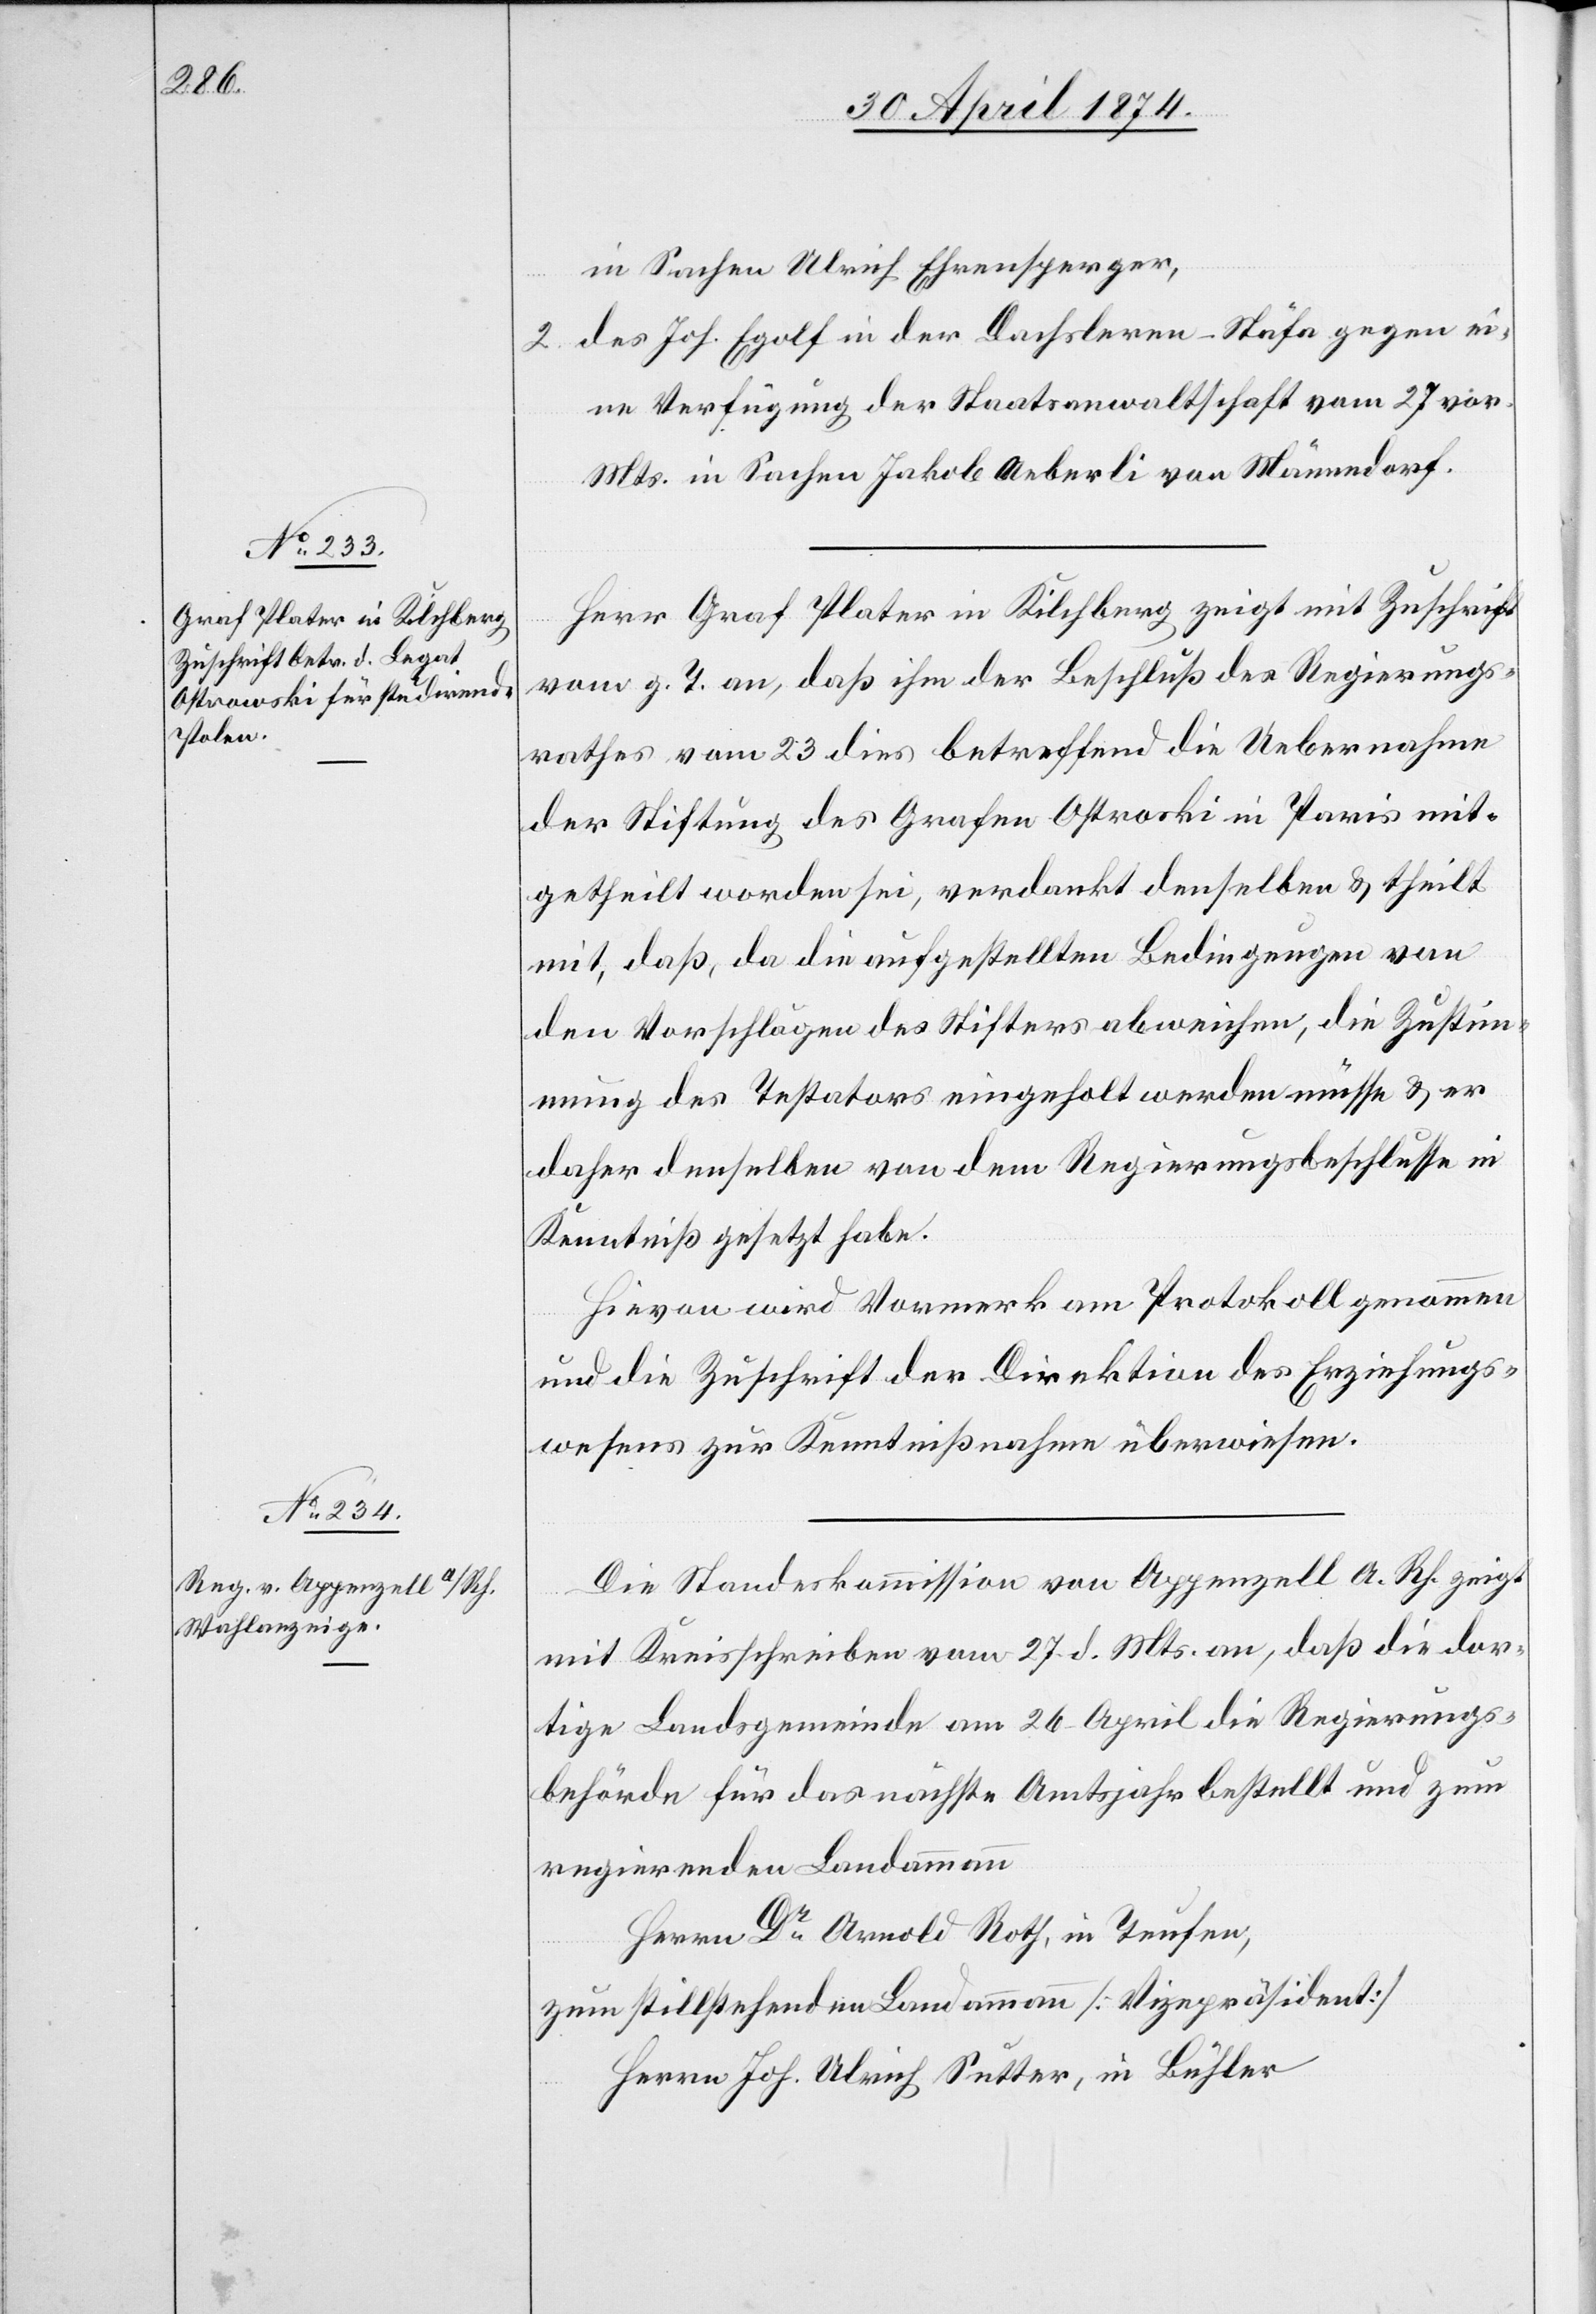
in Sachen Ulrich Ehrensperger,
2. des Joh. Egolf in der Dachsleren-Stäfa gegen ei¬
ne Verfügung der Staatsanwaltschaft vom 27. vor.
Mts. in Sachen Jakob Aeberli von Männedorf.
Herr Graf Plater in Kilchberg zeigt mit Zuschrift
vom g. T. an, daß ihm der Beschluß des Regierungs¬
rathes vom 23. dies betreffend die Uebernahme
der Stiftung des Grafen Ostroski [sic!] in Paris mit¬
getheilt worden sei, verdankt denselben u. theilt
mit, daß, da die aufgestellten Bedingungen von
den Vorschlägen des Stifters abweichen, die Zustim¬
mung des Testators eingeholt werden müsse u. er
daher denselben vom Regierungsbeschluße in
Kenntniß gesetzt habe.
Hievon wird Vormerk am Protokoll genommen
und die Zuschrift der Direktion des Erziehungs¬
wesens zur Kenntnißnahme überwiesen.
Die Standeskommission von Appenzell A. Rh. zeigt
mit Kreisschreiben vom 27. d. Mts. an, daß die dor¬
tige Landsgemeinde am 26. April die Regierungs¬
behörde für das nächste Amtsjahr bestellt und zum
regierenden Landammann
Herrn Dr Arnold Roth, in Teufen,
zum stillstanden Landammann [Vizepräsident]
Herrn Joh. Ulrich Sutter, in Bühler